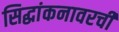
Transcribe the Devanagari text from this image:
सिद्धांकनावरची